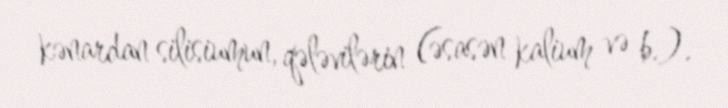
kənardan silisiumun, qələvilərin (əsasən kalium və b.).